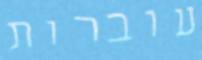
עוברות